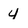
Character: 4